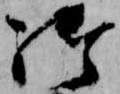
御